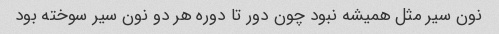
نون سیر مثل همیشه نبود چون دور تا دوره هر دو نون سیر سوخته بود